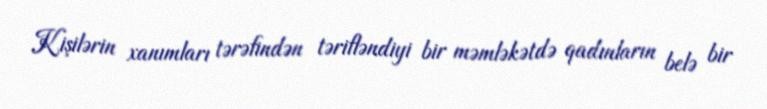
Kişilərin xanımları tərəfindən tərifləndiyi bir məmləkətdə qadınların belə bir